Report on vaccination in the Province of Bengal - 1869-1873
Year: 1869
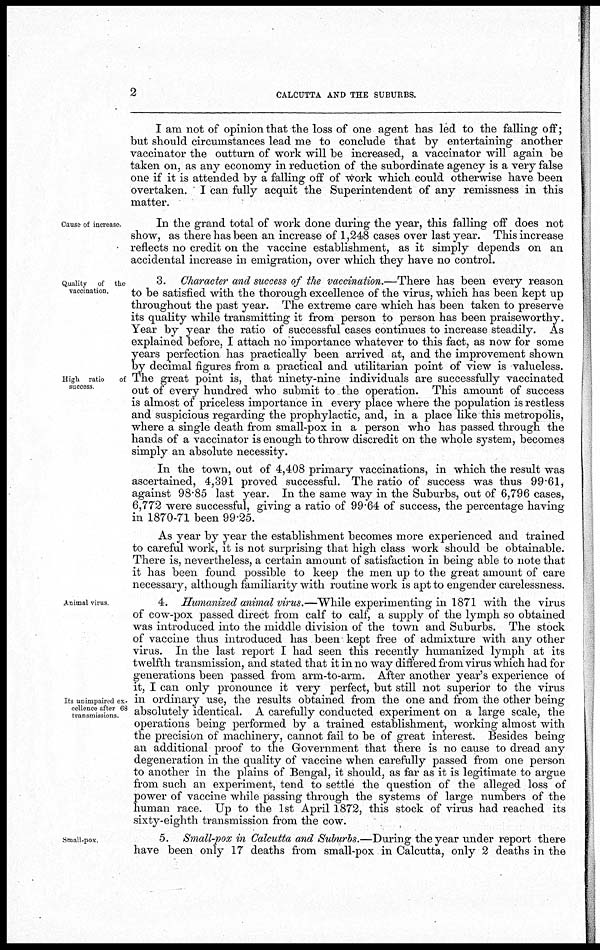
2
CALCUTTA AND THE SUBURBS.
I am not of opinion that the loss of one agent has led to the falling off;
but should circumstances lead me to conclude that by entertaining another
vaccinator the outturn of work will be increased, a vaccinator will again be
taken on, as any economy in reduction of the subordinate agency is a very false
one if it is attended by a falling off of work which could otherwise have been
overtaken. I can fully acquit the Superintendent of any remissness in this
matter.
Cause of increase.
In the grand total of work done during the year, this falling off does not
show, as there has been an increase of 1,248 cases over last year. This increase
reflects no credit on the vaccine establishment, as it simply depends on an
accidental increase in emigration, over which they have no control.
Quality of the
vaccination.
High ratio
of
success
3. Character and success of the vaccination.—There has been every reason
to be satisfied with the thorough excellence of the virus, which has been kept up
throughout the past year. The extreme care which has been taken to preserve
its quality while transmitting it from person to person has been praiseworthy.
Year by year the ratio of successful cases continues to increase steadily. As
explained before, I attach no importance whatever to this fact, as now for some
years perfection has practically been arrived at, and the improvement shown
by decimal figures from a practical and utilitarian point of view is valueless.
The great point is, that ninety-nine individuals are successfully vaccinated
out of every hundred who submit to the operation. This amount of success
is almost of priceless importance in every place where the population is restless
and suspicious regarding the prophylactic, and, in a place like this metropolis,
where a single death from small-pox in a person who has passed through the
hands of a vaccinator is enough to throw discredit on the whole system, becomes
simply an absolute necessity.
In the town, out of 4,408 primary vaccinations, in which the result was
ascertained, 4,391 proved successful. The ratio of success was thus 99.61,
against 98.85 last year. In the same way in the Suburbs, out of 6,796 cases,
6,772 were successful, giving a ratio of 99.64 of success, the percentage having
in 1870-71 been 99.25.
As year by year the establishment becomes more experienced and trained
to careful work, it is not surprising that high class work should be obtainable.
There is, nevertheless, a certain amount of satisfaction in being able to note that
it has been found possible to keep the men up to the great amount of care
necessary, although familiarity with routine work is apt to engender carelessness.
Animal virus
Its unimpaired ex¬
cellence after 68
transmissions
4. Humanized animal virus.—While experimenting in 1871 with the virus
of cow-pox passed direct from calf to calf, a supply of the lymph so obtained
was introduced into the middle division of the town and Suburbs. The stock
of vaccine thus introduced has been kept free of admixture with any other
virus. In the last report I had seen this recently humanized lymph at its
twelfth transmission, and stated that it in no way differed from virus which had for
generations been passed from arm-to-arm. After another year's experience of
it, I can only pronounce it very perfect, but still not superior to the virus
in ordinary use, the results obtained from the one and from the other being
absolutely identical. A carefully conducted experiment on a large scale, the
operations being performed by a trained establishment, working almost with
the precision of machinery, cannot fail to be of great interest. Besides being
an additional proof to the Government that there is no cause to dread any
degeneration in the quality of vaccine when carefully passed from one person
to another in the plains of Bengal, it should, as far as it is legitimate to argue
from such an experiment, tend to settle the question of the alleged loss of
power of vaccine while passing through the systems of large numbers of the
human race. Up to the 1st April 1872, this stock of virus had reached its
sixty-eighth transmission from the cow.
Small-pox.
5. Small-pox in Calcutta and Suburbs.—During the year under report there
have been only 17 deaths from small-pox in Calcutta, only 2 deaths in the